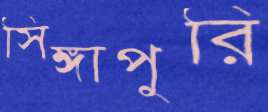
সিঙ্গাপুরি